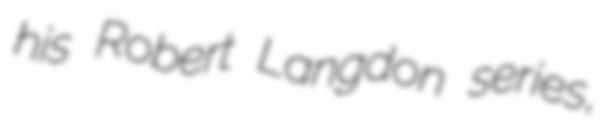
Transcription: his Robert Langdon series,